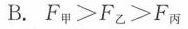
B.$$F_{甲}>F_{乙}>F_{丙}$$